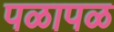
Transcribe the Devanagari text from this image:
पळापळ